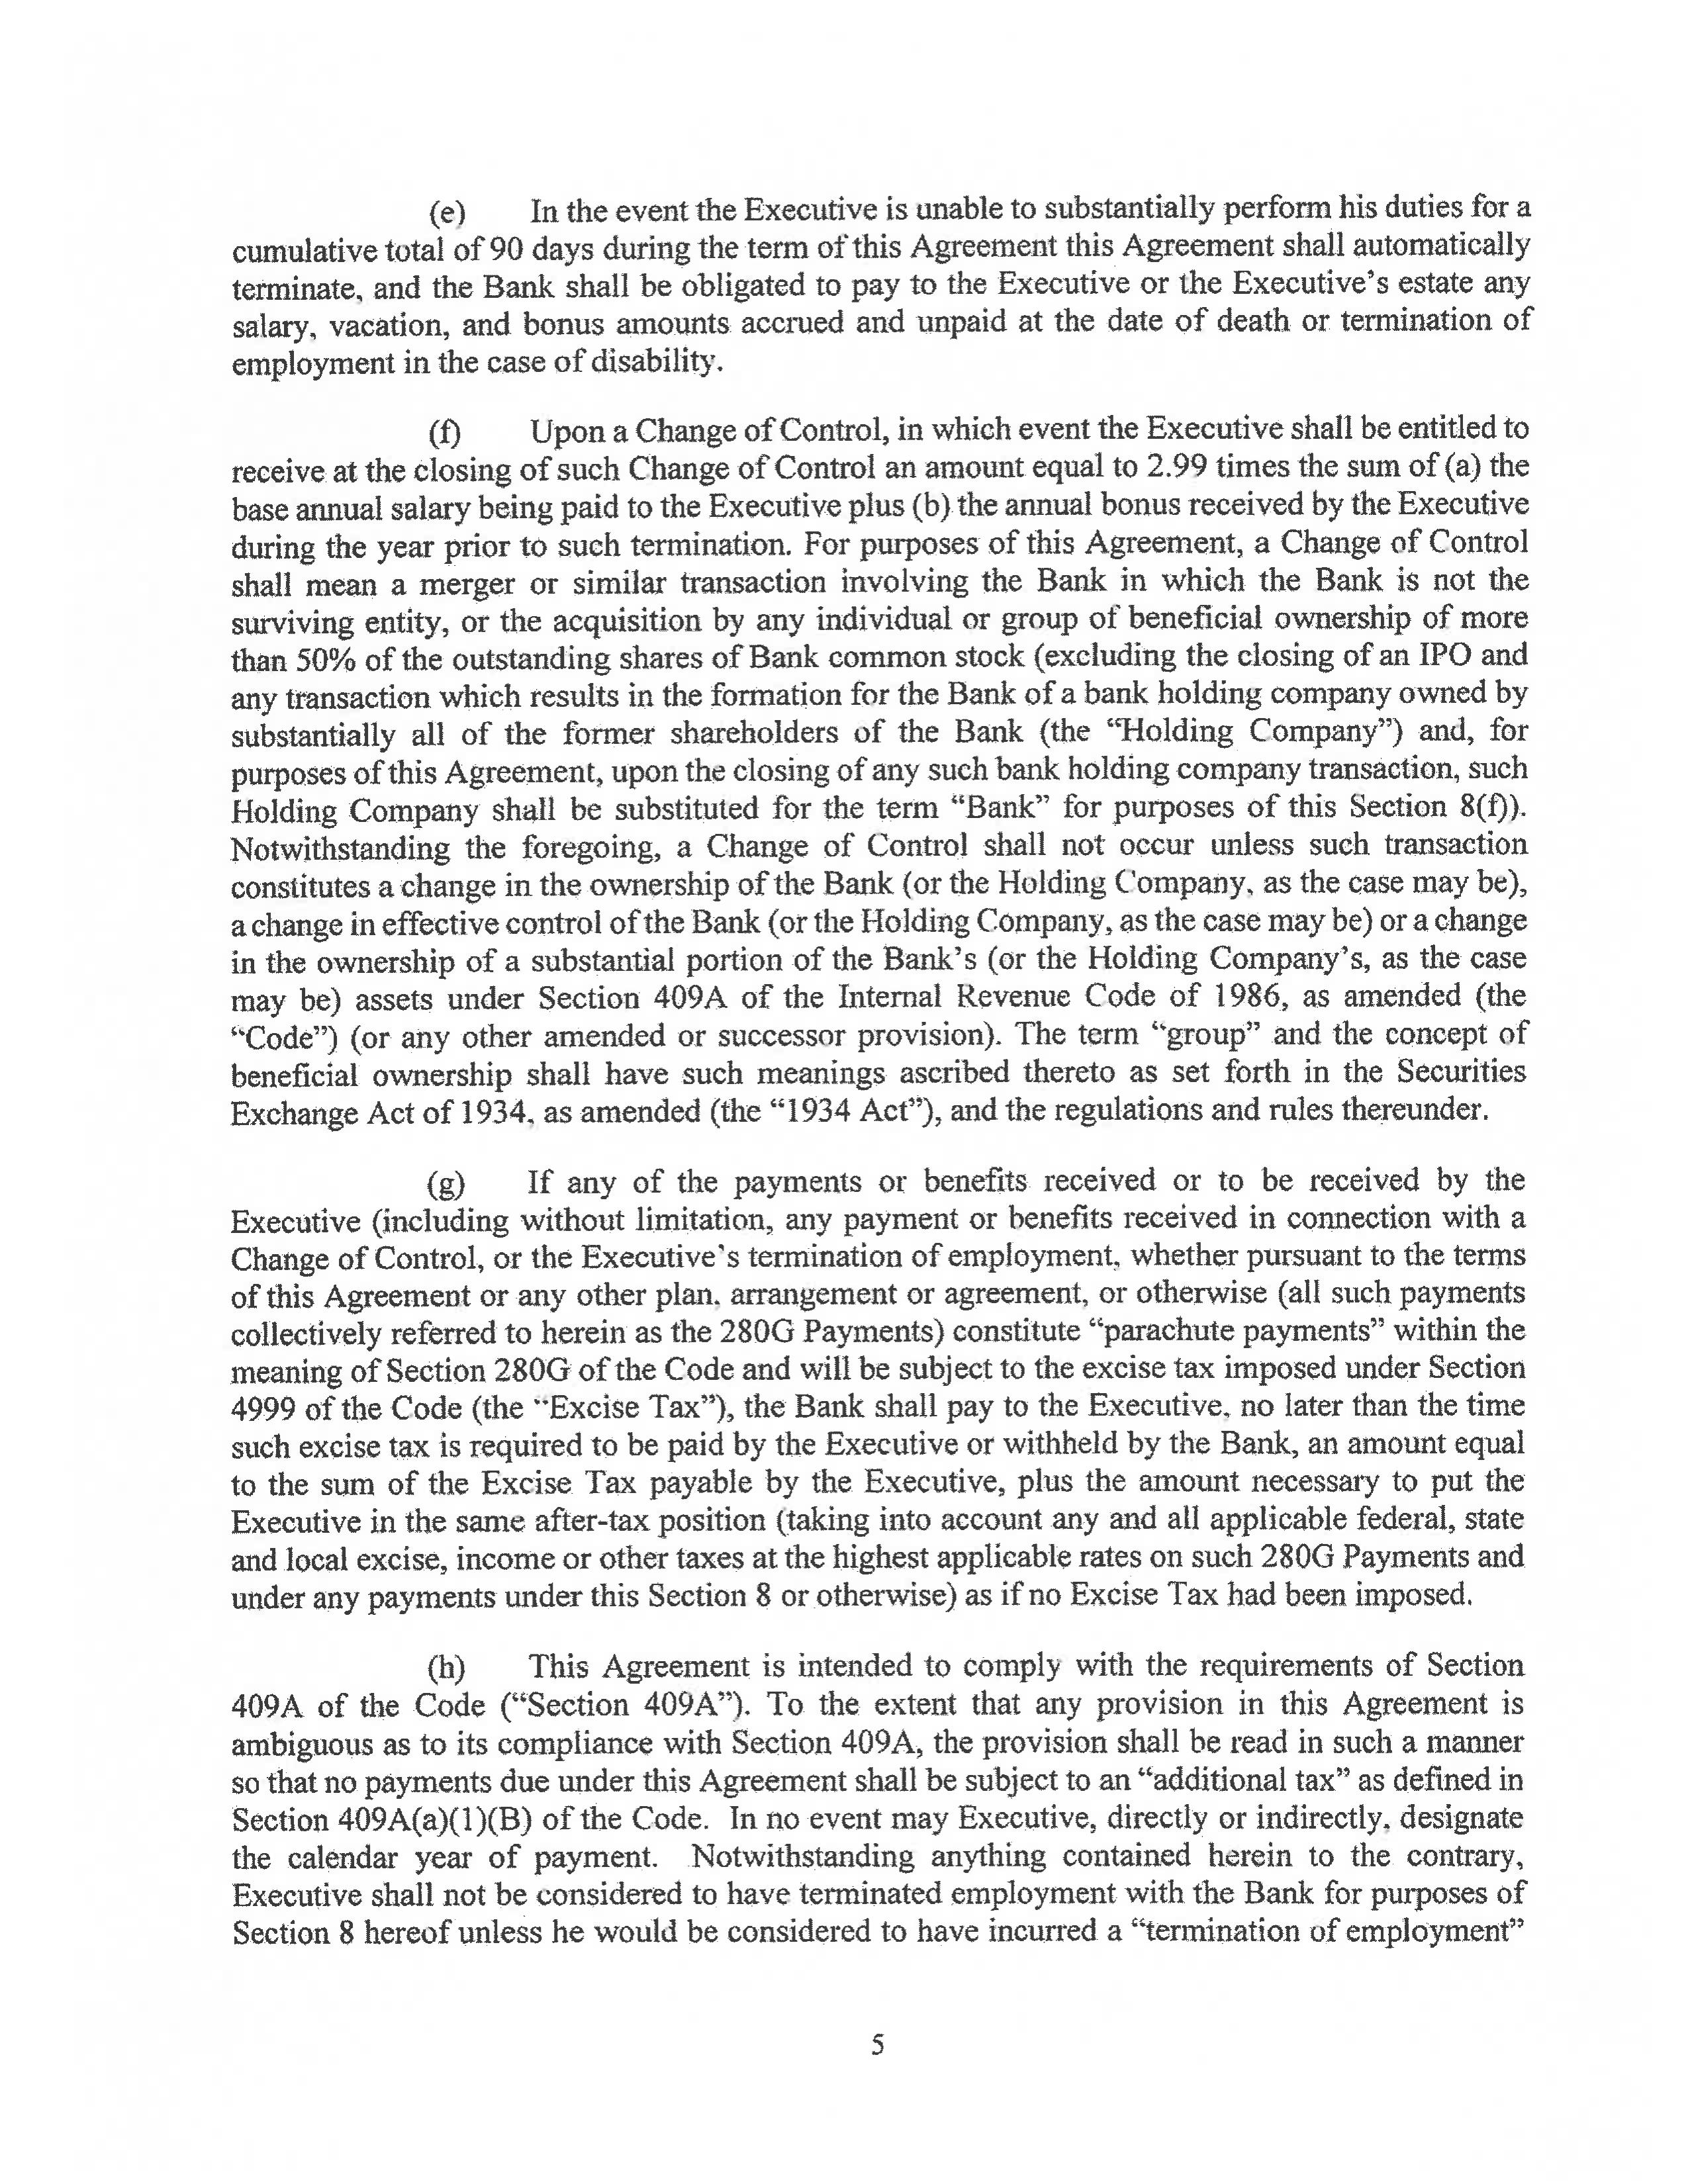
(e)        In the event the Executive is unable to substantially perform his duties for a
cumulative total of 90 days during the term of this Agreement this Agreement shall automatically
terminate, and the Bank shall be obligated to pay to the Executive or the Executive’s estate any
salary, vacation, and bonus amounts accrued and unpaid at the date of death or termination of
employment in the case of disability.

(f)        Upon a Change of Control, in which event the Executive shall be entitled to
receive at the closing of such Change of Control an amount equal to 2.99 times the sum of (a) the
base annual salary being paid to the Executive plus (b) the annual bonus received by the Executive
during the year prior to such termination. For purposes of this Agreement, a Change of Control
shall mean a merger or similar transaction involving the Bank in which the Bank is not the
surviving entity, or the acquisition by any individual or group of beneficial ownership of more
than 50% of the outstanding shares of Bank common stock (excluding the closing of an IPO and
any transaction which results in the formation for the Bank of a bank holding company owned by
substantially all of the former shareholders of the Bank (the “Holding Company”) and, for
purposes of this Agreement, upon the closing of any such bank holding company transaction, such
Holding Company shall be substituted for the term “Bank” for purposes of this Section 8(f)).
Notwithstanding the foregoing, a Change of Control shall not occur unless such transaction
constitutes a change in the ownership of the Bank (or the Holding Company, as the case may be),
a change in effective control of the Bank (or the Holding Company, as the case may be) or a change
in the ownership of a substantial portion of the Bank’s (or the Holding Company’s, as the case
may be) assets under Section 409A of the Internal Revenue Code of 1986, as amended (the
“Code”) (or any other amended or successor provision). The term “group” and the concept of
beneficial ownership shall have such meanings ascribed thereto as set forth in the Securities
Exchange Act of 1934, as amended (the “1934 Act”), and the regulations and rules thereunder.

(g)        If any of the payments or benefits received or to be received by the
Executive (including without limitation, any payment or benefits received in connection with a
Change of Control, or the Executive’s termination of employment, whether pursuant to the terms
of this Agreement or any other plan, arrangement or agreement, or otherwise (all such payments
collectively referred to herein as the 280G Payments) constitute “parachute payments” within the
meaning of Section 280G of the Code and will be subject to the excise tax imposed under Section
4999 of the Code (the “Excise Tax”), the Bank shall pay to the Executive, no later than the time
such excise tax is required to be paid by the Executive or withheld by the Bank, an amount equal
to the sum of the Excise Tax payable by the Executive, plus the amount necessary to put the
Executive in the same after-tax position (taking into account any and all applicable federal, state
and local excise, income or other taxes at the highest applicable rates on such 280G Payments and
under any payments under this Section 8 or otherwise) as if no Excise Tax had been imposed.

(h)        This Agreement is intended to comply with the requirements of Section
409A of the Code (“Section 409A”). To the extent that any provision in this Agreement is
ambiguous as to its compliance with Section 409A, the provision shall be read in such a manner
so that no payments due under this Agreement shall be subject to an “additional tax” as defined in
Section 409A(a)(1)(B) of the Code. In no event may Executive, directly or indirectly, designate
the calendar year of payment. Notwithstanding anything contained herein to the contrary,
Executive shall not be considered to have terminated employment with the Bank for purposes of
Section 8 hereof unless he would be considered to have incurred a “termination of employment”

5